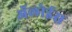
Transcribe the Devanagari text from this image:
ॲलोईस